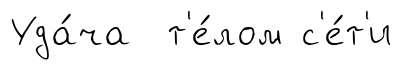
Уда́ча т'е́лом с'е́т'и